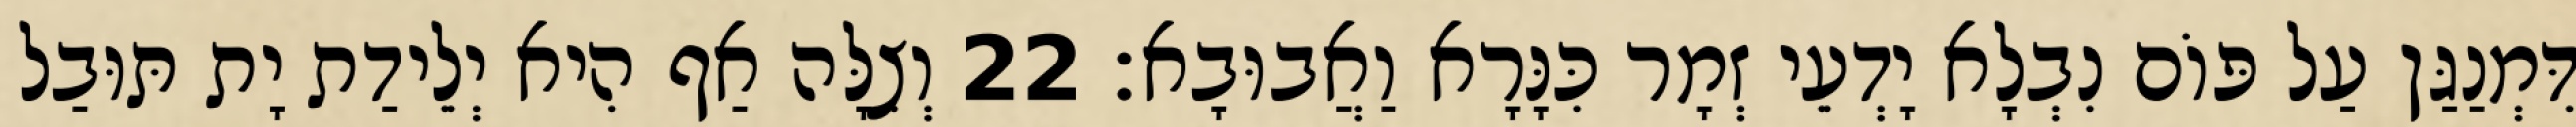
דִּמְנַגַּן עַל פּוֹם נִבְלָא יָדְעֵי זְמָר כִּנָּרָא וַאֲבוּבָא׃ 22 וְצִלָּה אַף הִיא יְלֵידַת יָת תּוּבַל